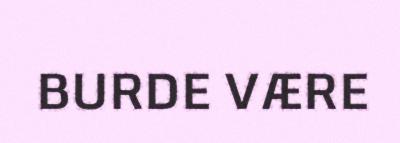
BURDE VÆRE